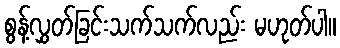
စွန့်လွှတ်ခြင်းသက်သက်လည်း မဟုတ်ပါ။